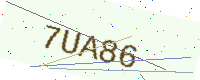
Text: 7UA86